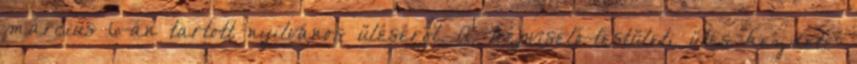
március 6-án tartott nyilvános üléséről. A képviselő-testületi ülés kezdete: